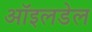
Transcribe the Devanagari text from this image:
ऑइलडेल